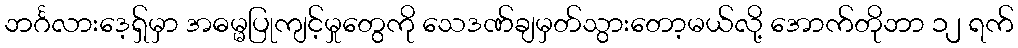
ဘင်္ဂလားဒေ့ရှ်မှာ အဓမ္မပြုကျင့်မှုတွေကို သေဒဏ်ချမှတ်သွားတော့မယ်လို့ အောက်တိုဘာ ၁၂ ရက်